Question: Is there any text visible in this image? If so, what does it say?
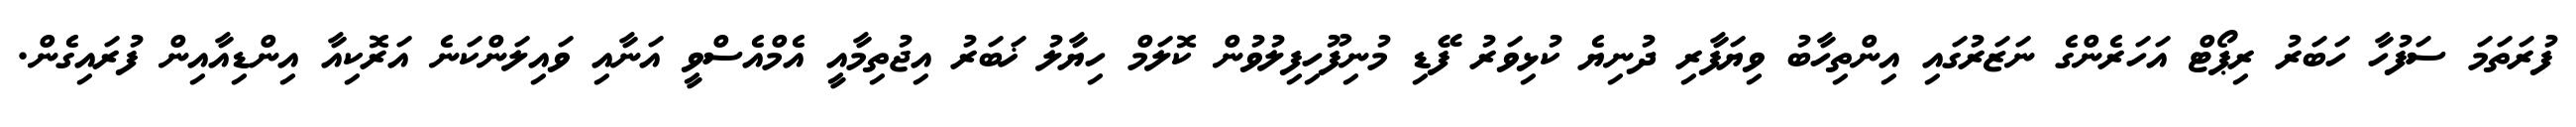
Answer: ފުރަތަމަ ސަފުހާ ހަބަރު ރިޕޯޓް އަހަރެންގެ ނަޒަރުގައި އިންތިހާބު ވިޔަފާރި ދުނިޔެ ކުޅިވަރު ފޭޑި މުނިފޫހިފިލުވުން ކޮލަމް ހިޔާލު ޚަބަރު އިޖުތިމާއީ އެމްއެސްވީ އަނާއި ވައިލަންކަނެ އަރޮކިއާ އިންޑިއާއިން ފުރައިގެން.